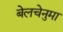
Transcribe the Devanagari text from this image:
बेलचेनुमा